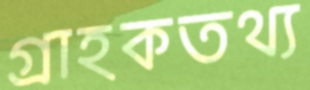
গ্রাহকতথ্য